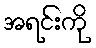
အရင်းကို